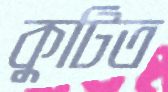
কুটিত